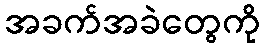
အခက်အခဲတွေကို